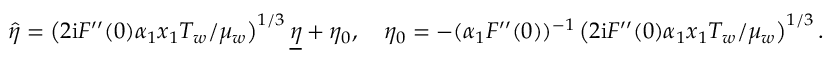
\widehat { \eta } = \left( 2 \mathrm { i } F ^ { \prime \prime } ( 0 ) \alpha _ { 1 } x _ { 1 } T _ { w } / \mu _ { w } \right) ^ { 1 / 3 } \underline { { \eta } } + \eta _ { 0 } , \quad \eta _ { 0 } = - ( \alpha _ { 1 } F ^ { \prime \prime } ( 0 ) ) ^ { - 1 } \left( 2 \mathrm { i } F ^ { \prime \prime } ( 0 ) \alpha _ { 1 } x _ { 1 } T _ { w } / \mu _ { w } \right) ^ { 1 / 3 } .